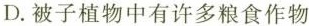
D.被子植物中有许多粮食作物